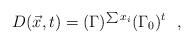
LaTeX: \begin{align*}D(\vec x,t) = (\Gamma)^{\sum x_i} (\Gamma_0)^t~~,\end{align*}